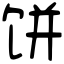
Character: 饼